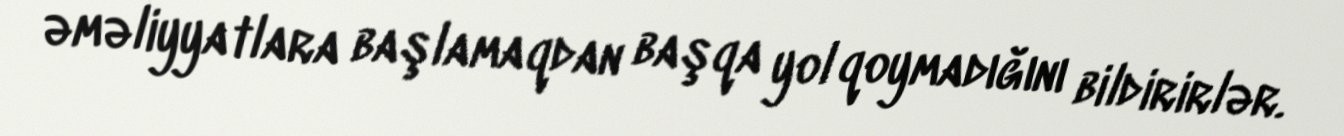
əməliyyatlara başlamaqdan başqa yol qoymadığını bildirirlər.